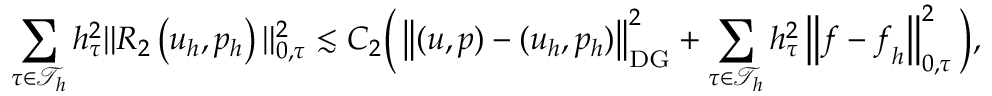
\sum _ { \tau \in \mathcal { T } _ { h } } h _ { \tau } ^ { 2 } \| R _ { 2 } \left( \boldsymbol { u } _ { h } , p _ { h } \right) \| _ { 0 , \tau } ^ { 2 } \lesssim C _ { 2 } \Big ( \left\| ( \boldsymbol { u } , p ) - ( \boldsymbol { u } _ { h } , p _ { h } ) \right\| _ { \mathrm { D G } } ^ { 2 } + \sum _ { \tau \in \mathcal { T } _ { h } } h _ { \tau } ^ { 2 } \left\| \boldsymbol { f } - \boldsymbol { f } _ { h } \right\| _ { 0 , \tau } ^ { 2 } \Big ) ,